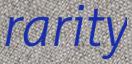
rarity